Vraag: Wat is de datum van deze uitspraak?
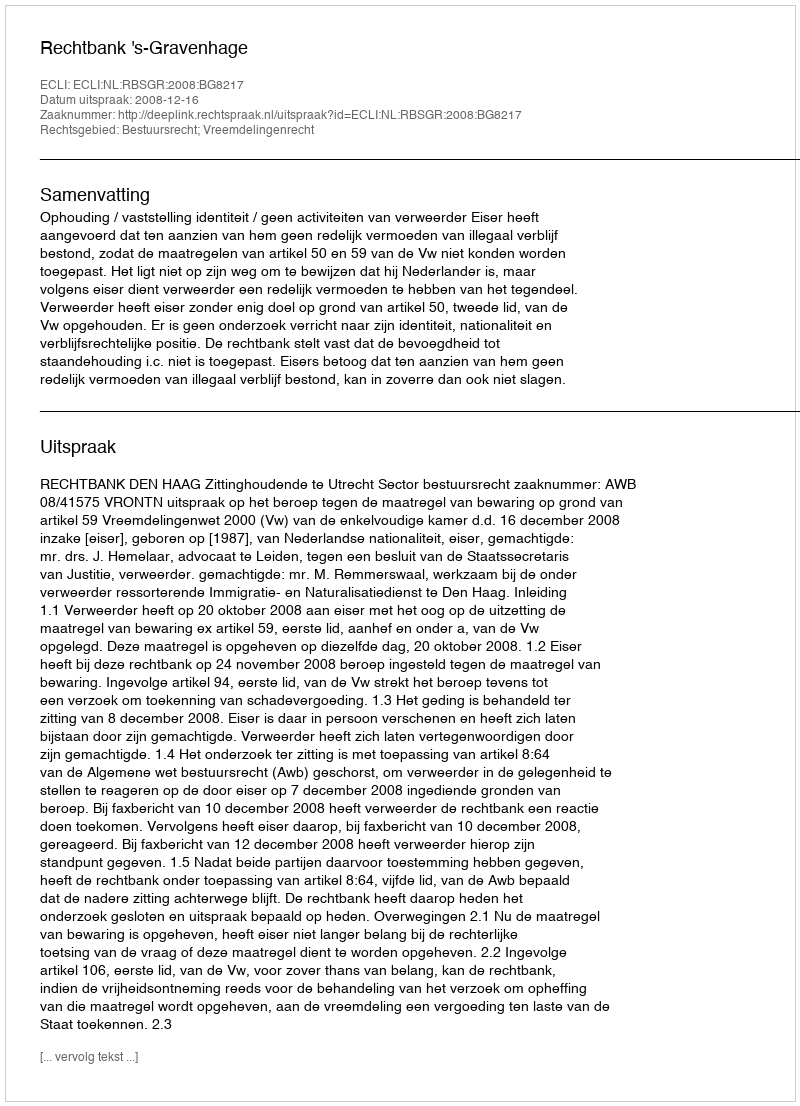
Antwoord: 2008-12-16